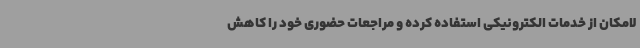
لامکان از خدمات الکترونیکی استفاده کرده و مراجعات حضوری خود را کاهش